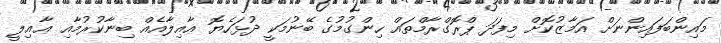
މައިންބަފައިންނަށް އަމާޒުކޮށް މިފަދަ ޕްރޮގްރާމްތައް ހިންގުމުގެ ބޭނުމަކީ ދުޅަހެޔޮ ޢާއިލާއެއް ބިނާކުރުމާއި ޢާއިލީ